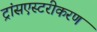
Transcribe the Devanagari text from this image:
ट्रांसएस्टरीकरण